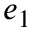
e _ { 1 }